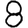
Digit: 8